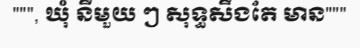
""", ឃុំ នីមួយ ៗ សុទ្ធសឹងតែ មាន"""